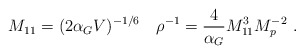
\begin{align*}M_{11}=(2\alpha_G V)^{-1/6}\quad\rho^{-1}= {4\over\alpha_G}M_{11}^{3}M_p^{-2}\ .\end{align*}